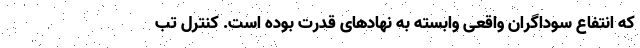
که انتفاع سوداگران واقعی وابسته به نهادهای قدرت بوده است. کنترل تب